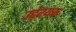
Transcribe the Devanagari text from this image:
उद्देश्यक